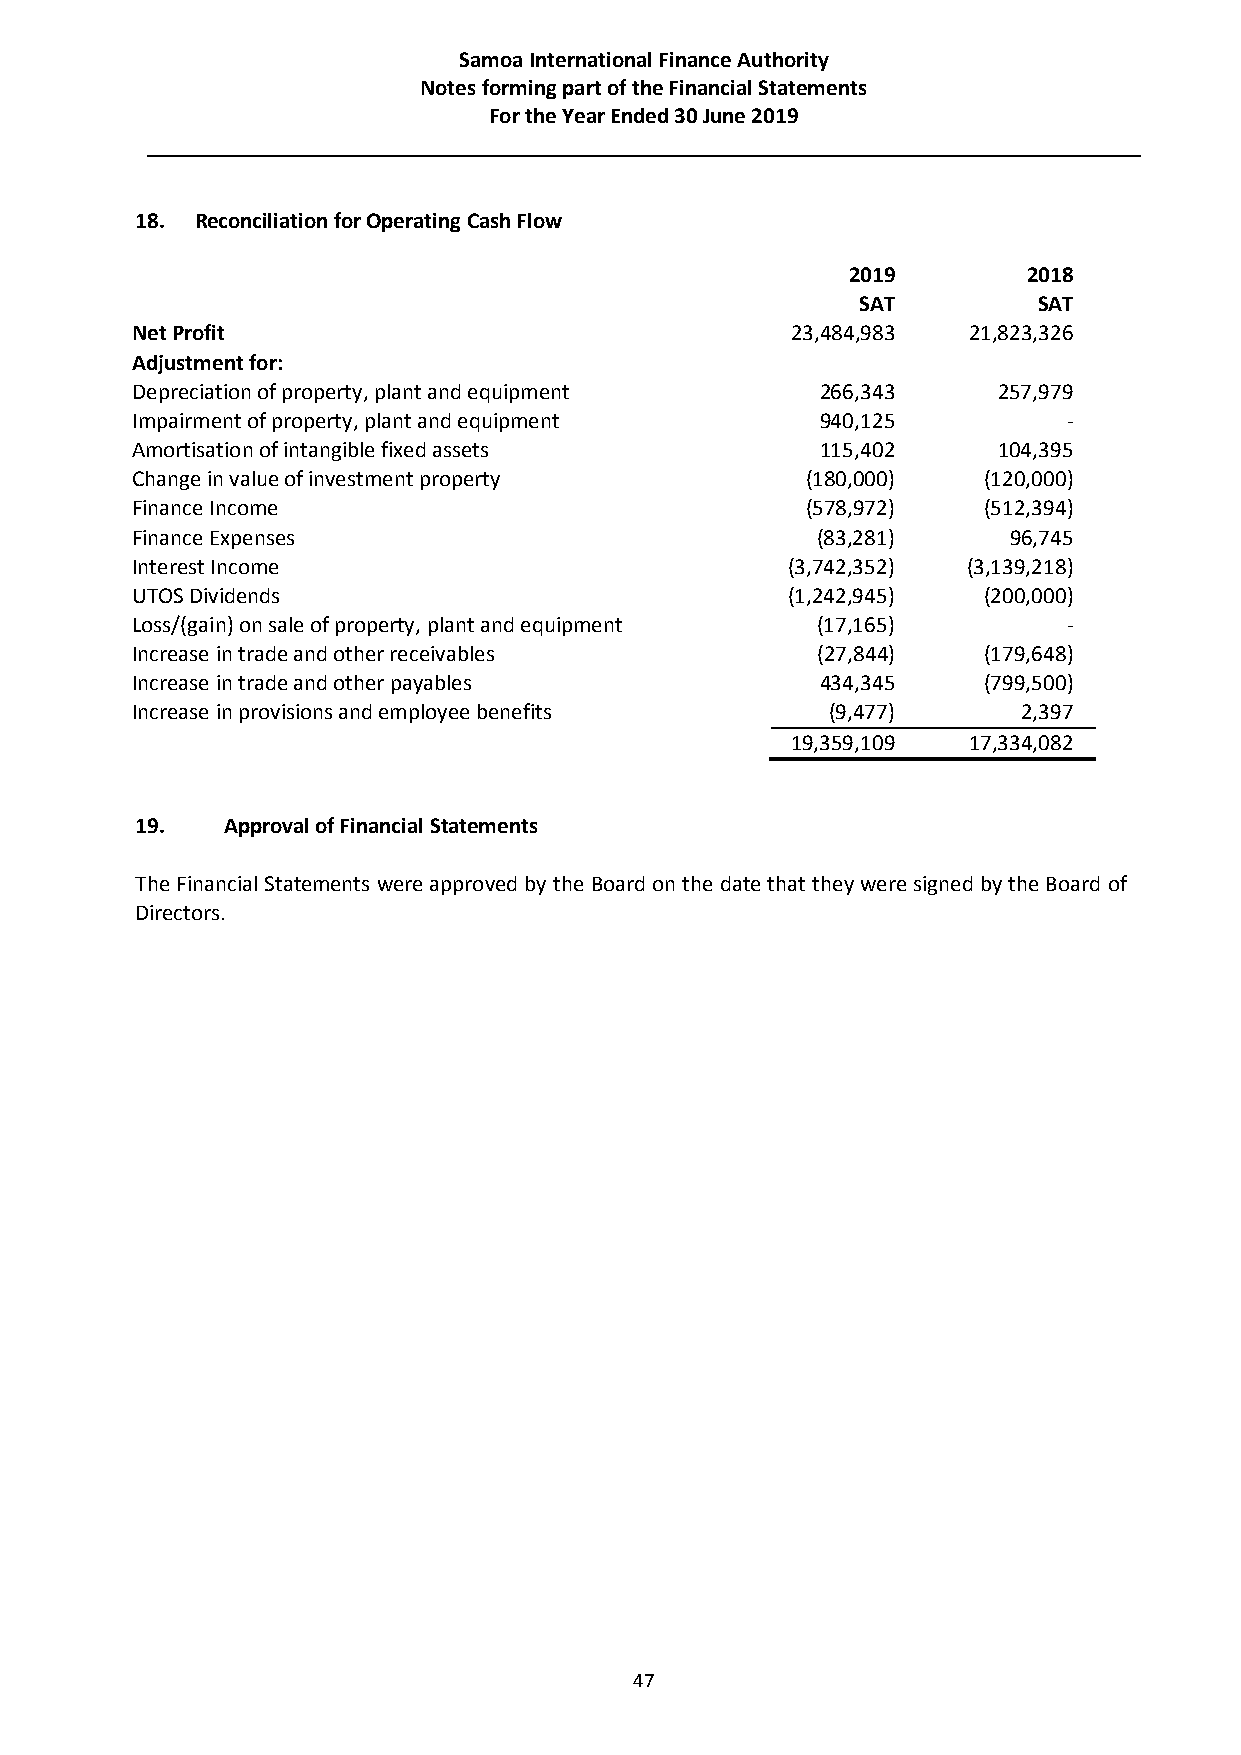
Samoa International Finance Authority
 Notes forming part of the Financial Statements
 For the Year Ended 30 June 2019
 18. Reconciliation for Operating Cash Flow
 2019        2018
 SAT         SAT
 Net Profit                                 23,484,983  21,823,326
 Adjustment for:
 Depreciation of property, plant and equipment 266,343    257,979
 Impairment of property, plant and equipment  940,125          -
 Amortisation of intangible fixed assets      115,402     104,395
 Change in value of investment property      (180,000)   (120,000)
 Finance Income                              (578,972)   (512,394)
 Finance Expenses                             (83,281)     96,745
 Interest Income                            (3,742,352) (3,139,218)
 UTOS Dividends                             (1,242,945)  (200,000)
 Loss/(gain) on sale of property, plant and equipment (17,165) -
 Increase in trade and other receivables      (27,844)   (179,648)
 Increase in trade and other payables         434,345    (799,500)
 Increase in provisions and employee benefits  (9,477)      2,397
 19,359,109  17,334,082
 19.   Approval of Financial Statements
 The Financial Statements were approved by the Board on the date that they were signed by the Board of
 Directors.
 47